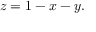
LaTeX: \quad z = 1 - x - y . \,